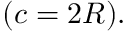
\displaystyle ( c = 2 R ) .